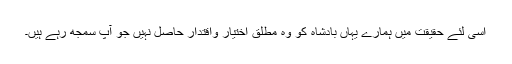
اسى لئے حقیقت میں ہمارے یہاں بادشاه کو وه مطلق اختیار واقتدار حاصل نہیں جو آپ سمجھ رہے ہیں۔